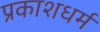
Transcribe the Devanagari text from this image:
प्रकाशधर्म